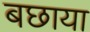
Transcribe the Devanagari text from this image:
बछाया